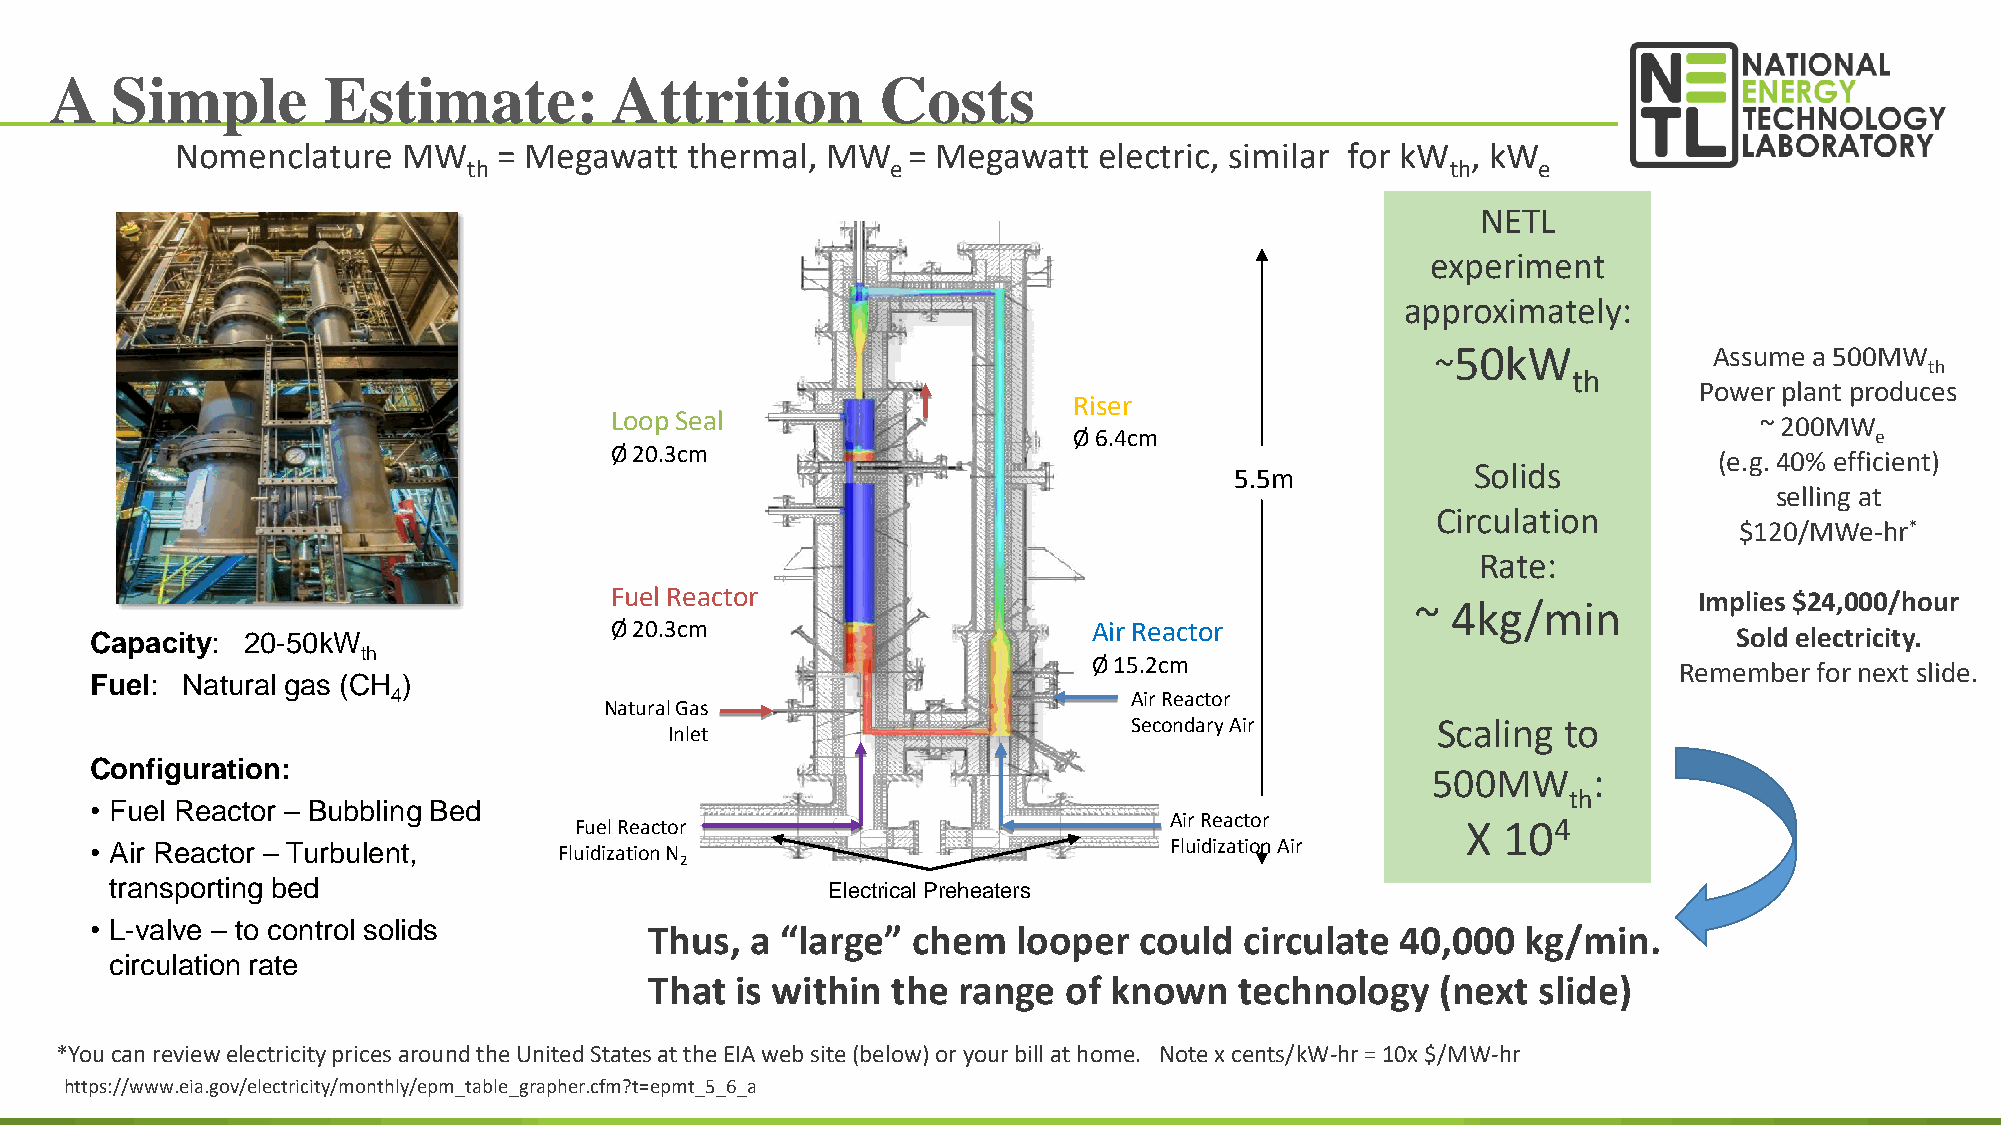
A   Simple        Estimate:          Attrition         Costs
 Nomenclature   MW    = Megawatt  thermal,  MW   = Megawatt   electric, similar for kW , kW
 th                          e                                    th    e
 NETL
 experiment
 approximately:
 50kW             Assume a 500MW
 ~
 th
 th
 Power plant produces
 Riser
 Loop Seal                                                                   ~ 200MW
 Ø 6.4cm                                              e
 Ø 20.3cm
 (e.g. 40% efficient)
 5.5m            Solids
 selling at
 Circulation
 $120/MWe-hr*
 Rate:
 Fuel Reactor                                                            Implies $24,000/hour
 ~ 4kg/min
 Capacity: 20-50kW                 Ø 20.3cm                        Air Reactor                                Sold electricity.
 th
 Ø 15.2cm                               Remember for next slide.
 Fuel: Natural gas (CH )
 4                                                Air Reactor
 Natural Gas
 Secondary Air       Scaling to
 Inlet
 Configuration:
 500MW     :
 th
 • Fuel Reactor – Bubbling Bed
 Fuel Reactor                           Air Reactor         X 104
 • Air Reactor – Turbulent,     Fluidization N                          Fluidization Air
 2
 transporting bed                                Electrical Preheaters
 • L-valve – to control solids        Thus,  a “large” chem   looper  could  circulate  40,000  kg/min.
 circulation rate
 That  is within the range  of known    technology   (next  slide)
 *You can review electricity prices around the United States at the EIA web site (below) or your bill at home. Note x cents/kW-hr = 10x $/MW-hr
 85
 https://www.eia.gov/electricity/monthly/epm_table_grapher.cfm?t=epmt_5_6_a